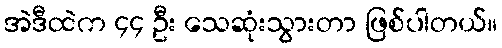
အဲဒီထဲက ၄၄ ဦး သေဆုံးသွားတာ ဖြစ်ပါတယ်။